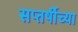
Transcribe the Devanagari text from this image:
सप्तर्षीच्या